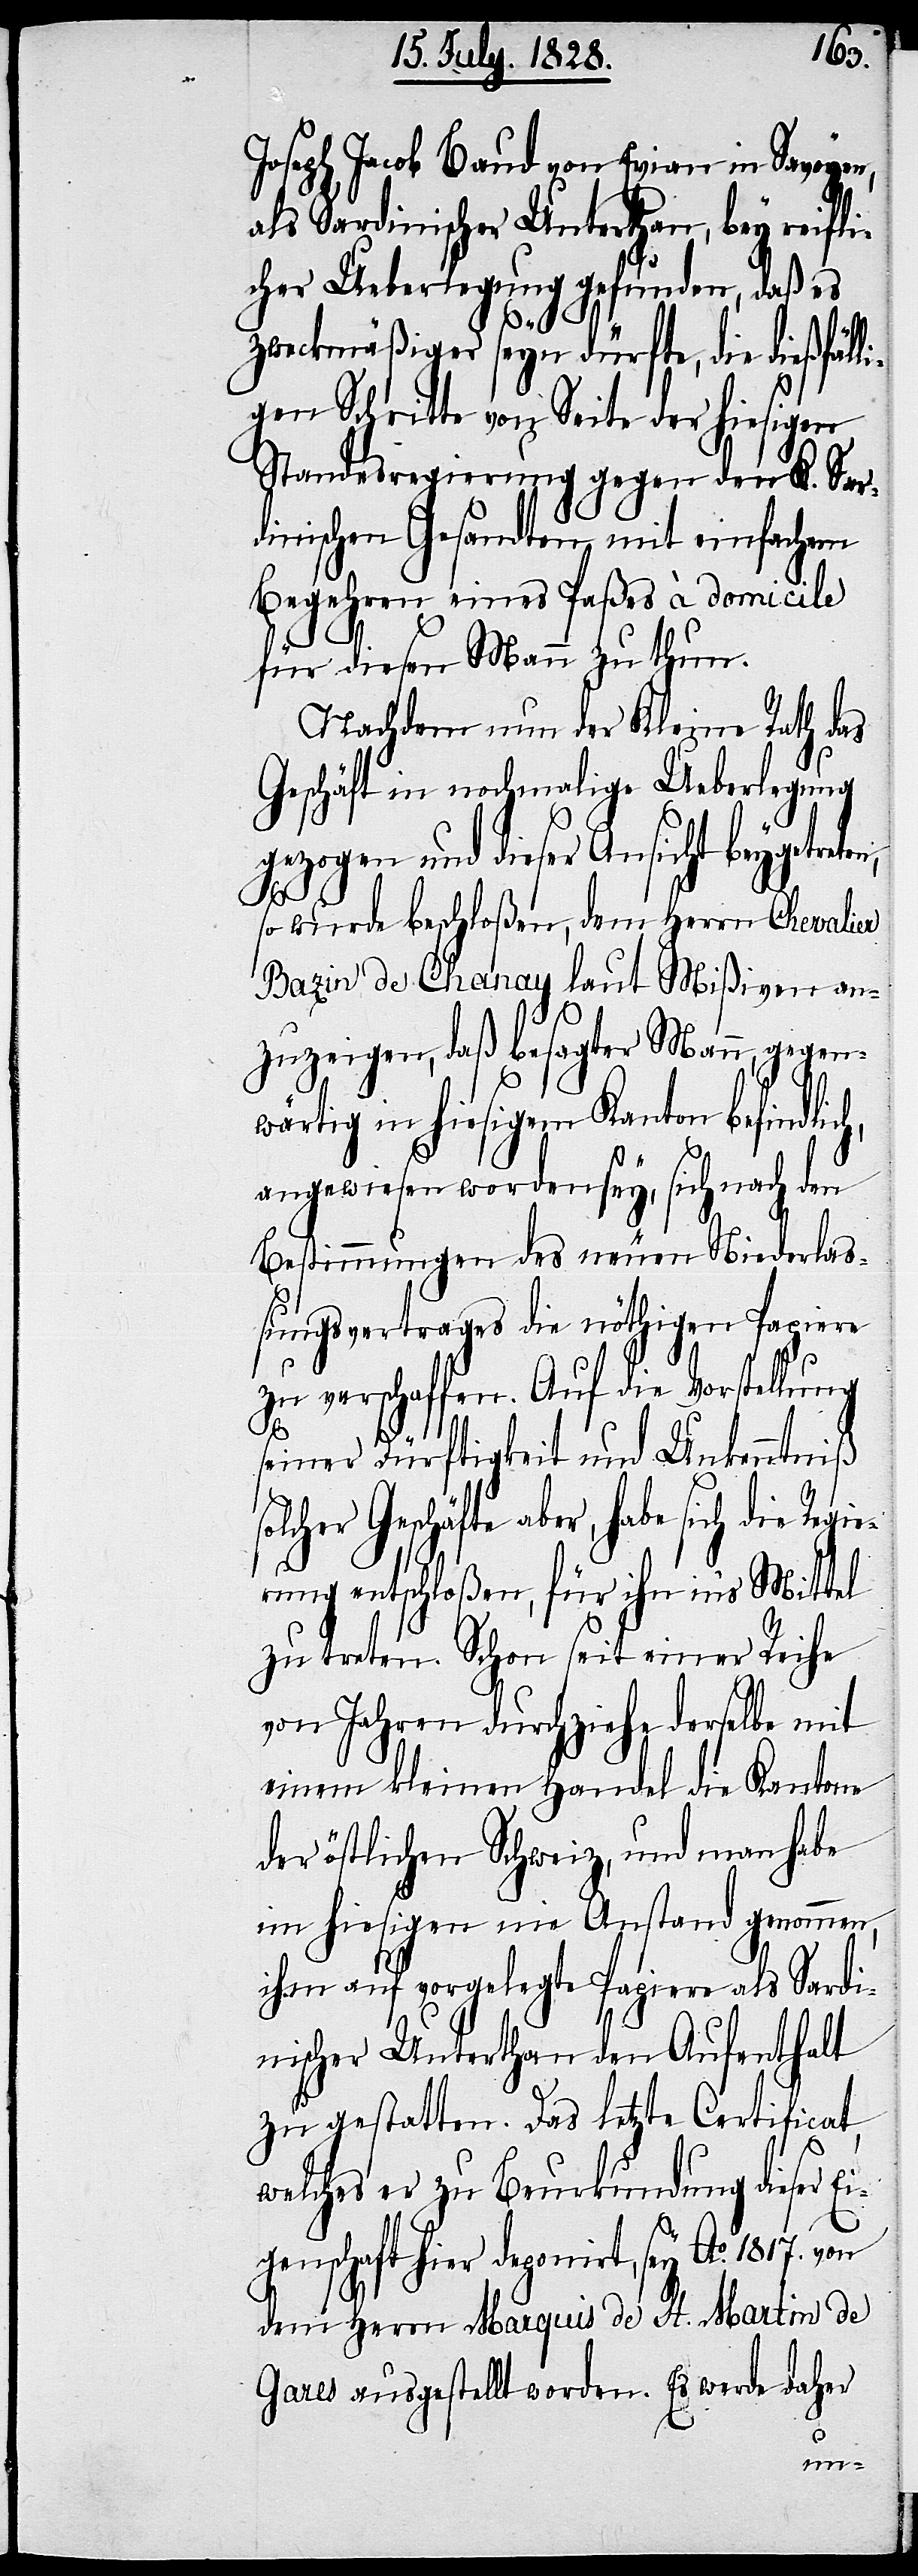
Joseph Jacob Baud von Evian in Savoyen,
als Sardinischer Unterthan, bey reifli¬
cher Ueberlegung gefunden, daß es
zweckmäßiger seyn dürfte, die dießfäll¬
igen Schritte von Seite der hiesigen
Standesregierung gegen den K. Sar¬
dinischen Gesandten mit einfachem
Begehren eines Paßes à domicile
für diesen Mann zu thun.
Nachdem nun der Kleine Rath das
Geschäft in nochmalige Ueberlegung
gezogen und dieser Ansicht beygetre¬
ten,
so wurde beschloßen, dem Herrn Chevalier
Bazin de Chanay laut Mißiven an¬
zuzeigen, daß besagter Mann, gegen¬
wärtig in hiesigem Kanton befindlic¬
angewiesen worden sey, sich nach den
Bestimmungen des neuen Niederlaß¬
ungsvertrages die nöthigen Papiere
zu verschaffen. Auf die Vorstellu¬
ie¬
seiner Dürftigkeit und Unkenntniß
Geschäfte aber, habe sich die Reg¬
rung entschloßen, für ihn in‘s Mittel
zu treten. Schon seit einer Reihe
von Jahren durchziehe derselbe mit
einem kleinen Handel die Kantone
der östlichen Schweiz, und man habe
im hiesigen nie Anstand genommen,
ihm auf vorgelegte Papiere als Sardi¬
nischer Unterthan den Aufenthalt
zu gestatten. Das letzte Certificat,
welches er zu Beurkundung dieser E¬
igenschaft hier deponiert, sey Ao. 1817.
dem Herrn Marquis de St. Martin de
Gares ausgestellt worden. Es werde daher
ng